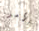
الأمر